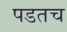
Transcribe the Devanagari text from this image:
पडतच